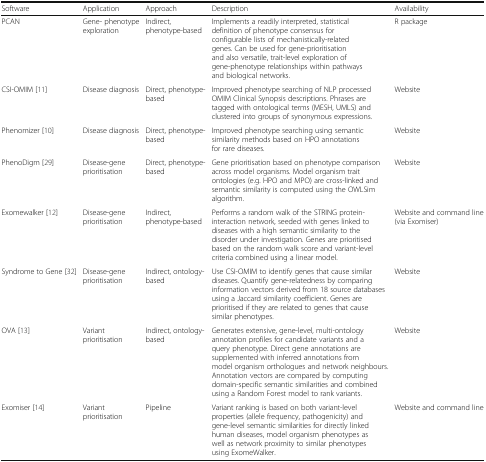
| Software | Application | Approach | Description | Availability |
 | --- | --- | --- | --- | --- |
 | PCAN | Gene- phenotype exploration | Indirect, phenotype-based | Implements a readily interpreted, statistical definition of phenotype consensus for configurable lists of mechanistically-related genes. Can be used for gene-prioritisation and also versatile, trait-level exploration of gene-phenotype relationships within pathways and biological networks. | R package |
 | CSI-OMIM [11] | Disease diagnosis | Direct, phenotype-based | Improved phenotype searching of NLP processed OMIM Clinical Synopsis descriptions. Phrases are tagged with ontological terms (MESH, UMLS) and clustered into groups of synonymous expressions. | Website |
 | Phenomizer [10] | Disease diagnosis | Direct, phenotype-based | Improved phenotype searching using semantic similarity methods based on HPO annotations for rare diseases. | Website |
 | PhenoDigm [29] | Disease-gene prioritisation | Direct, phenotype-based | Gene prioritisation based on phenotype comparison across model organisms. Model organism trait ontologies (e.g. HPO and MPO) are cross-linked and semantic similarity is computed using the OWLSim algorithm. | Website |
 | Exomewalker [12] | Disease-gene prioritisation | Indirect, phenotype-based | Performs a random walk of the STRING protein-interaction network, seeded with genes linked to diseases with a high semantic similarity to the disorder under investigation. Genes are prioritised based on the random walk score and variant-level criteria combined using a linear model. | Website and command line (via Exomiser) |
 | Syndrome to Gene [32] | Disease-gene prioritisation | Indirect, ontology-based | Use CSI-OMIM to identify genes that cause similar diseases. Quantify gene-relatedness by comparing information vectors derived from 18 source databases using a Jaccard similarity coefficient. Genes are prioritised if they are related to genes that cause similar phenotypes. | Website |
 | OVA [13] | Variant prioritisation | Indirect, ontology-based | Generates extensive, gene-level, multi-ontology annotation profiles for candidate variants and a query phenotype. Direct gene annotations are supplemented with inferred annotations from model organism orthologues and network neighbours. Annotation vectors are compared by computing domain-specific semantic similarities and combined using a Random Forest model to rank variants. | Website |
 | Exomiser [14] | Variant prioritisation | Pipeline | Variant ranking is based on both variant-level properties (allele frequency, pathogenicity) and gene-level semantic similarities for directly linked human diseases, model organism phenotypes as well as network proximity to similar phenotypes using ExomeWalker. | Website and command line |